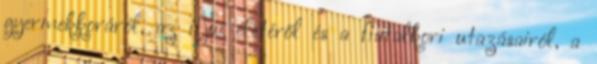
gyermekkoráról, az ifjúi életéről és a fiatalkori utazásairól, a